Indian Civil Veterinary Department memoirs
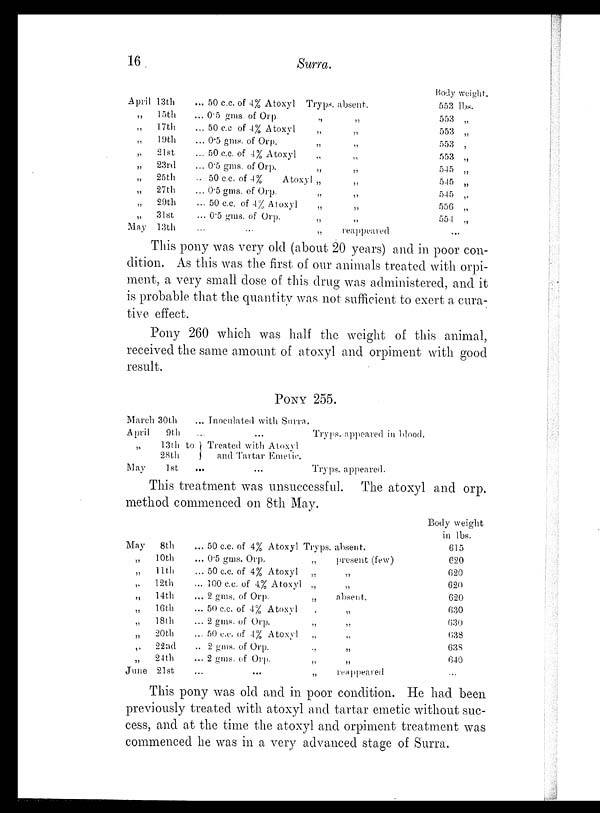
16
Surra.
April 13th
„
15th
„
17th
„
10th
„
21st
„
23rd
„
25th
„
27th
„
29th
„
31st
May 13th
... 50 c.c. of 4% Atoxyl Tryps. absent.
... 0.5 gms of Orp.
„
„
... 50 c.c of 4% Atoxyl „ „
... 0.5 gms. of Orp.
„
„
... 50 c.c. of 4% Atoxyl „ „
... 0.5 gms. of Orp.
„
„
... 50 c.c. of 4%
Atoxyl
„
„
... 0.5 gms. of Orp.
„
„
... 50 c.c. of 4% Atoxyl
„
„
... 0.5 gms. of Orp.
„
„
... ... „ reappeared
Body weight.
553 lbs.
553 „
553 „
553 „
553 „
545 „
545 „
545 „
556 „
554 „
...
This pony was very old (about 20 years) and in poor con-
dition. As this was the first of our animals treated with orpi-
ment, a very small dose of this drug was administered, and it
is probable that the quantity was not sufficient to exert a cura-
tive effect.
Pony 260 which was half the weight of this animal,
received the same amount of atoxyl and orpiment with good
result.
PONY 255.
March 30th
April 9th
„ 13th to
28th
May 1st
... Inoculated with Surra.
... ...
Tryps. appeared in blood.
Treated with Atoxyl
and Tartar Emetic.
... ...
Tryps. appeared.
This treatment was unsuccessful. The atoxyl and orp.
method commenced on 8th May.
May
8th
„
10th
„
11th
„
12th
„
14th
„
16th
„
18th
„
20th
„ 22nd
„
24th
June 21st
... 50 c.c. of 4% Atoxyl Tryps. absent.
... 0.5 gms. Orp.
„
present (few)
... 50 c.c. of 4% Atoxyl
„
„
... 100 c.c. of 4% Atoxyl
„
„
... 2 gms. of Orp.
„
absent.
... 50 c.c. of 4% Atoxyl
„
„
... 2 gms. of Orp.
„
„
... 50 c.c. of 4% Atoxyl
„
„
.. 2 gms. of Orp.
„
„
... 2 gms. of Orp.
„
„
...
...
„
reappeared
Body weight
in lbs.
615
620
620
620
620
630
630
638
638
640
...
This pony was old and in poor condition. He had been
previously treated with atoxyl and tartar emetic without suc-
cess, and at the time the atoxyl and orpiment treatment was
commenced he was in a very advanced stage of Surra.